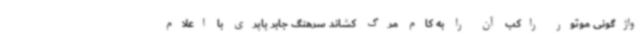
واژگونی موتور راکب آن را به کام مرگ کشاند سرهنگ جابر پاپری با اعلام